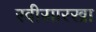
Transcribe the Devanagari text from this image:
रवीसारखा